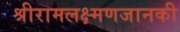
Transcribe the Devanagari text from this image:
श्रीरामलक्ष्मणजानकी